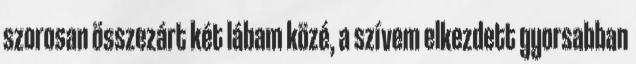
szorosan összezárt két lábam közé, a szívem elkezdett gyorsabban